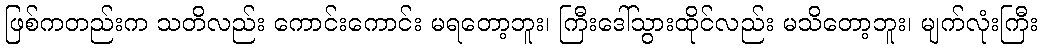
ဖြစ်ကတည်းက သတိလည်း ကောင်းကောင်း မရတော့ဘူး၊ ကြီးဒေါ်သွားထိုင်လည်း မသိတော့ဘူး၊ မျက်လုံးကြီး